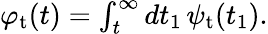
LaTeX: \begin{array}{r}{\varphi_{\mathrm{t}}(t)=\int_{t}^{\infty}dt_{1}\, \psi_{\mathrm{t}}(t_{1}).}\end{array}